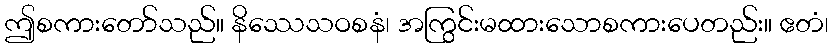
ဤစကားတော်သည်။ နိဿေသဝစနံ၊ အကြွင်းမထားသောစကားပေတည်း။ ဧတံ၊